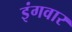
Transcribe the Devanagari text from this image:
इंगवार